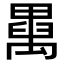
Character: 𥝆